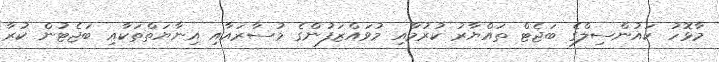
މާޅޮހު ކައުންސިލްގެ ބަޖެޓް ތައްޔާރު ކުރުމާއި މުވައްޒަފުންގެ މުސާރައާއި އިނާޔަތްތަކާއި ބަޖެޓުން ކުރާ